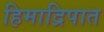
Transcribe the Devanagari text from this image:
हिमाद्रिपात